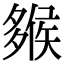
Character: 𡗁